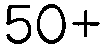
50+